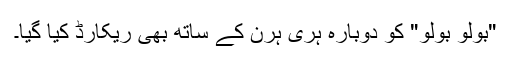
"بولو بولو" کو دوبارہ ہری ہرن کے ساتھ بھی ریکارڈ کیا گیا۔